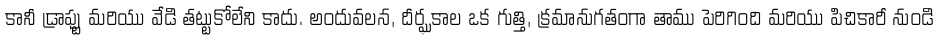
కానీ డ్రాఫ్టు మరియు వేడి తట్టుకోలేని కాదు. అందువలన, దీర్ఘకాల ఒక గుత్తి, క్రమానుగతంగా తాము పెరిగింది మరియు పిచికారీ నుండి